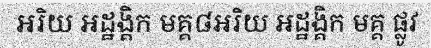
អរិយ អដ្ឋង្គិក មគ្គ៨អរិយ អដ្ឋង្គិក មគ្គ ផ្លូវ